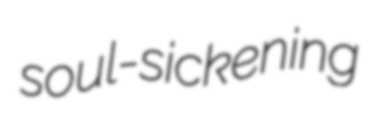
soul-sickening